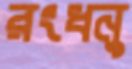
রংধনু